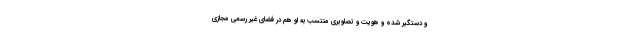
و دستگیر شده و هویت و تصاویری منتسب به او هم در فضای غیر رسمی مجازی